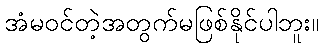
အံမဝင်တဲ့အတွက်မဖြစ်နိုင်ပါဘူး။